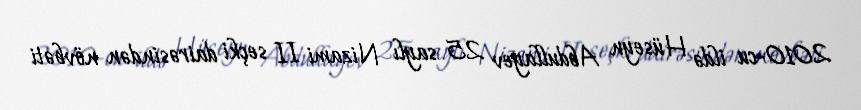
2010-cu ildə Hüseyn Abdullayev 25 saylı Nizami II seçki dairəsindən növbəti